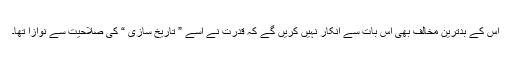
اس کے بدترین مخالف بھی اس بات سے انکار نہیں کریں گے کہ قدرت نے اسے ” تاریخ سازی “ کی صلاحیت سے نوازا تھا۔